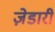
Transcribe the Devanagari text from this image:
ज़ेडारी